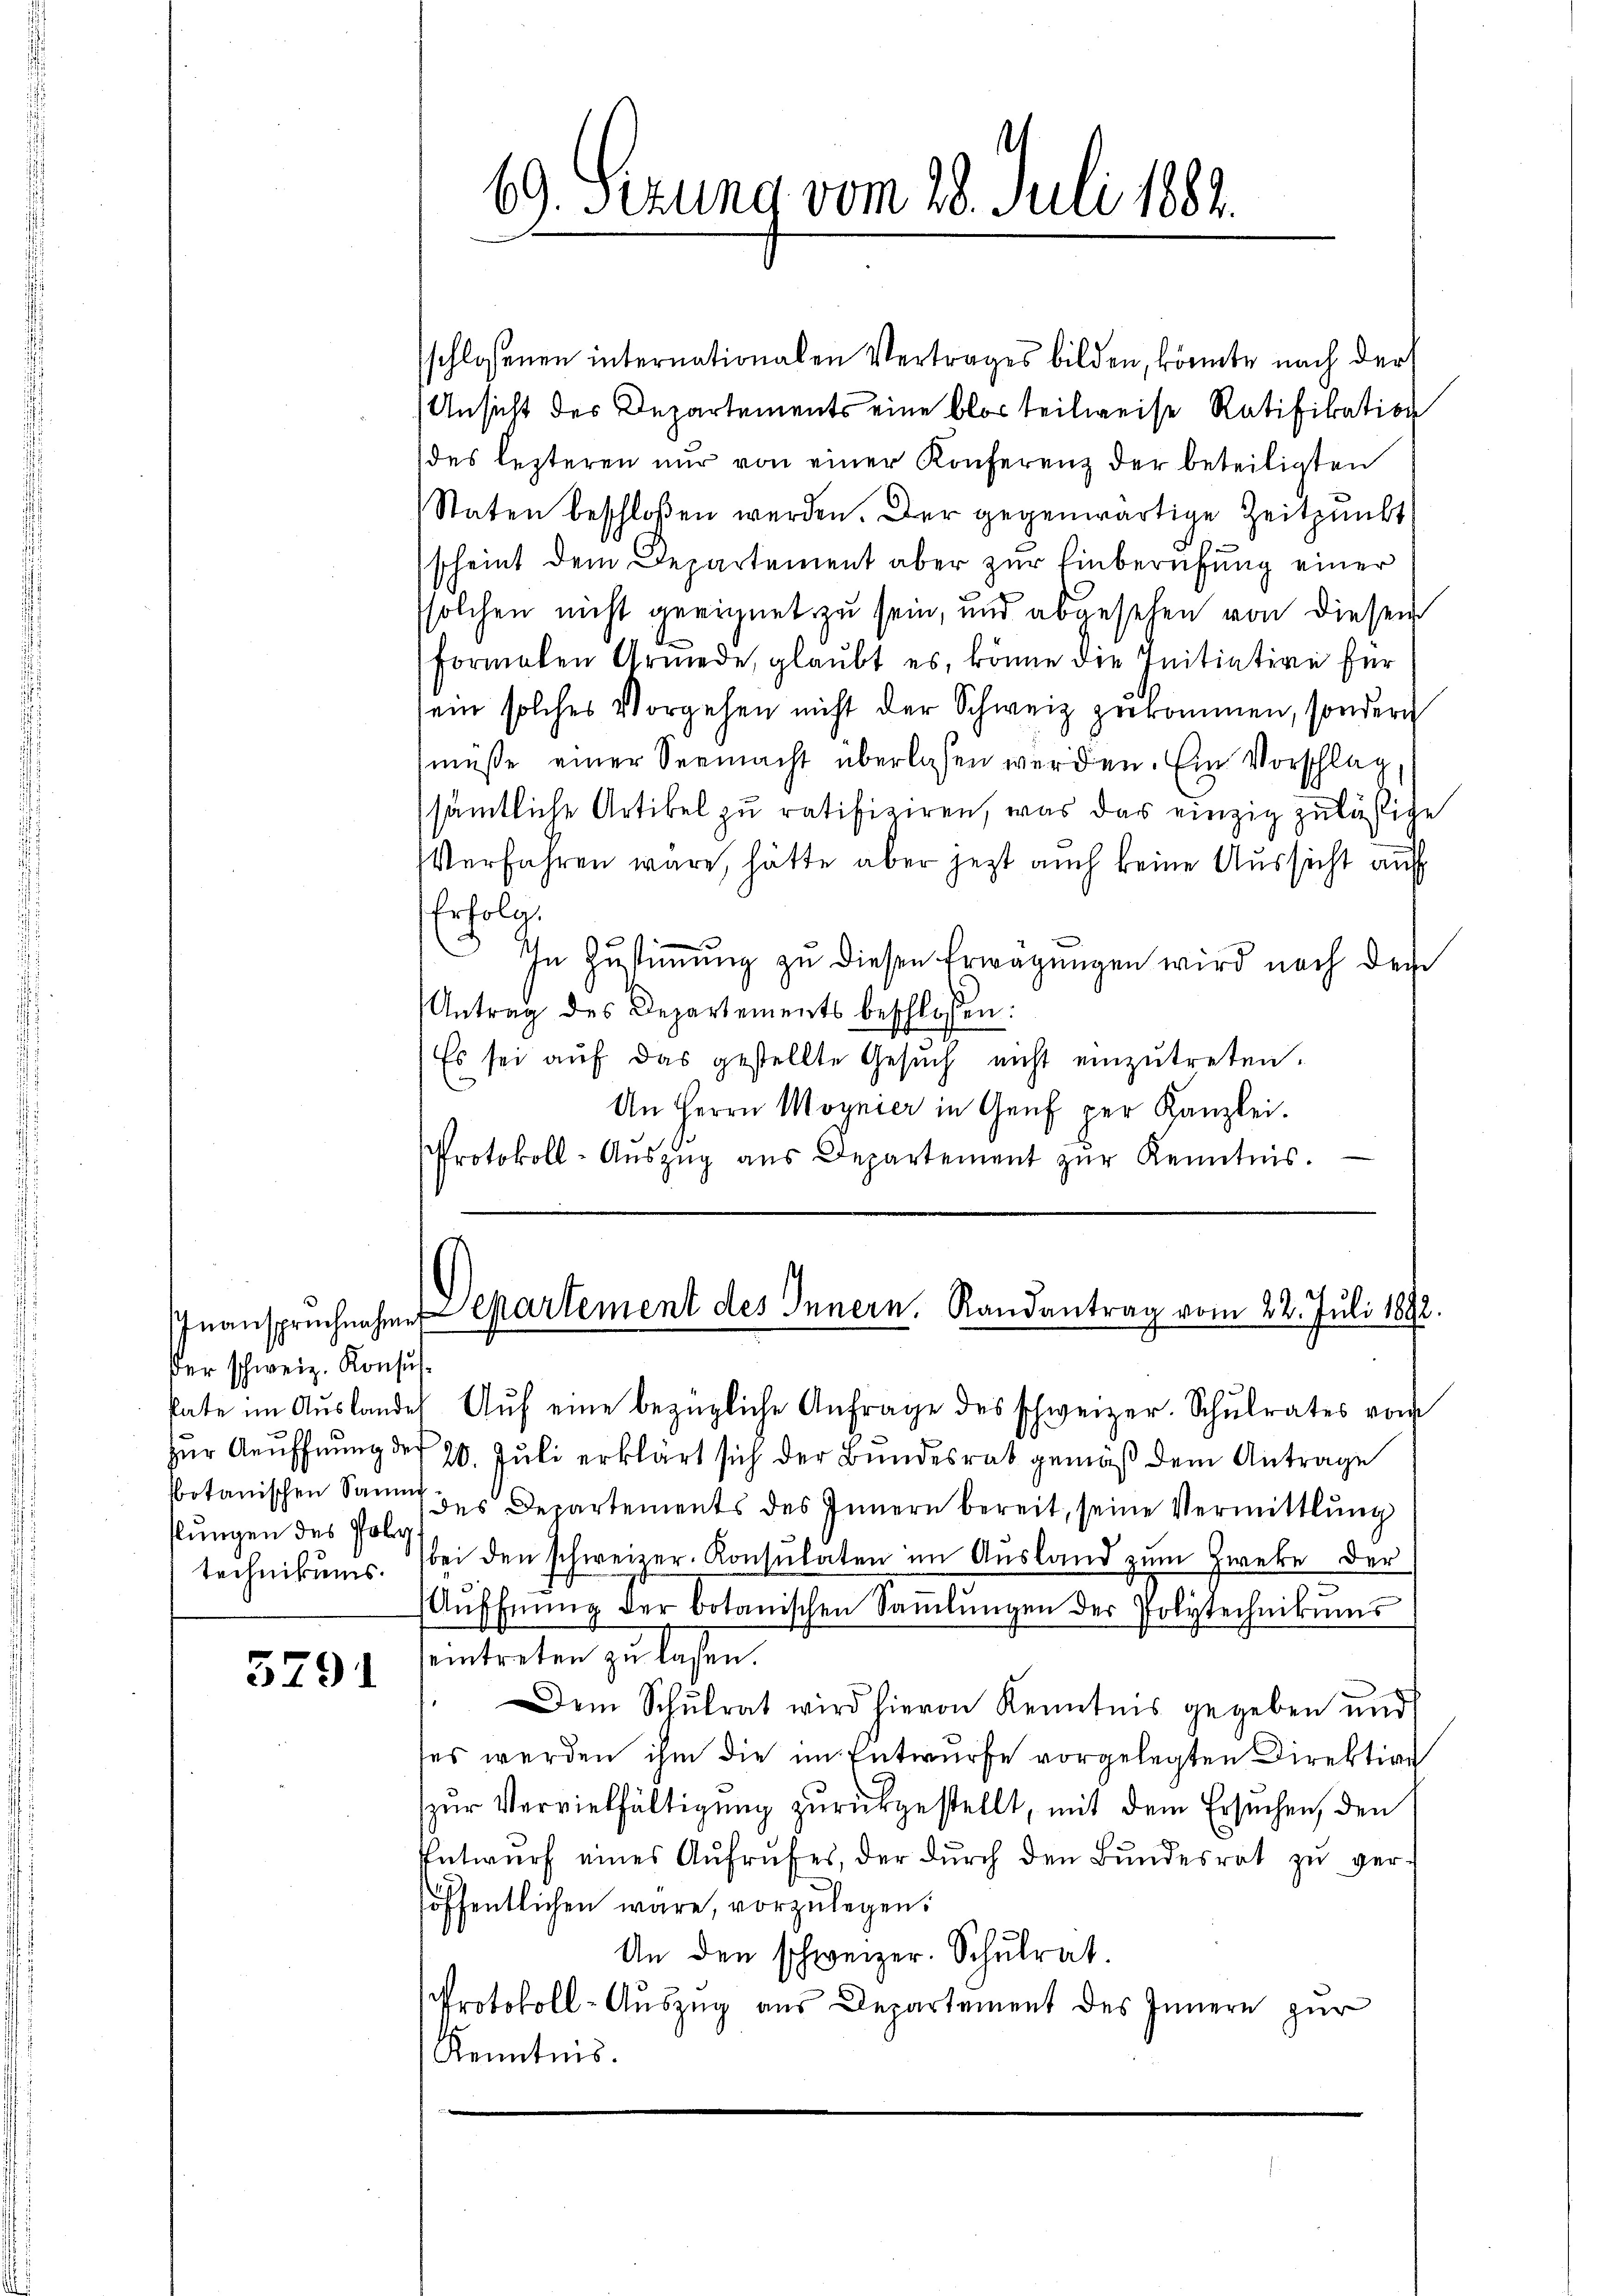
der schweiz. Konsus.
slungen des Poly
technikums.

5291

69. Sizung vom 28. Juli 1882.

sschlossenen internationalen Vertrages bilden, könnte nach der
Ansicht des Departements eine blos teilweise Ratifikation
des lezteren nŭr von einer Konferenz der beteiligten
Staten beschloßen werden. Der gegenwärtige Zeitpunkt
scheint dem Departement aber zur Einberufung einer
ssolchen nicht geeichnet zu sein, und abgesehen von dieser
formalen Grede, glaŭbt es, könne die Initiative für
sein solches Vorgehen nicht der Schweiz zukommen, sondern
müße einer Seemacht überlassen werden. Ein Vorschlag
sämtliche Artikel zu ratifiziren, was das einzig zulässige
Verfahren wäre, hätte aber jezt auch keine Aussicht auf
Erfolg.
In Zustimmung zu diesen Erwägungen wird nach der
Antrag des Departements beschlossen:
Es sei aŭf das gestellte Gesŭch nicht einzŭtreten.
An Herrn Moynier in Genf per Kanzlei.
Protokoll-Aŭszŭg aŭs Departement zŭr Kenntnis.

Inanspruchnahme epartement des Innern, Randantrag vom 22. Juli 1892.

kate im Aŭslandes Aŭf eine bezügliche Anfrage des schweizer. Schŭlrates vom
zur Aeuffnung des 20. Juli erklärt sich der Bundesrat gemäß dem Antrage
sbotanischen Sammt des Departements des Innern bereit, seine Vermittlung
bei den schweizer. Konsulaten im Ausland zum Zweke der
Aŭffnŭng der botanischen Saṁlŭngen der Polytechnikums
eintreten zu lassen.
Dem Schŭlrat wird hievon Kenntnis gegeben und
ses werden ihm die im Entwurfe vorgelegten Direktion
zur Vervielfältigung zurückgestellt, mit dem Ersuchen, den
Entwurf eines Aufrufes, der durch den Bundesrat zu ger
höffentlichen wäre, vorzŭlegen:
An den schweizer. Schulrat.
Protokoll-Auszug aus Departement des Innern zur
Kenntnis.